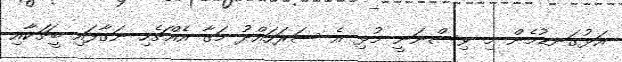
އަޅުގަނޑުމެން މި ވިސްނަނީ މުޅި އެ ސަރަހައްދު މަގާ އެއްޗެހި ނަގާފައި ބީޗަކާއި